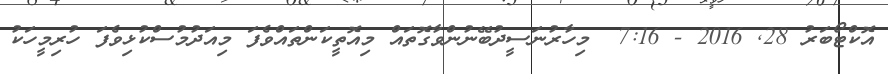
އޮކްޓޯބަރު 28